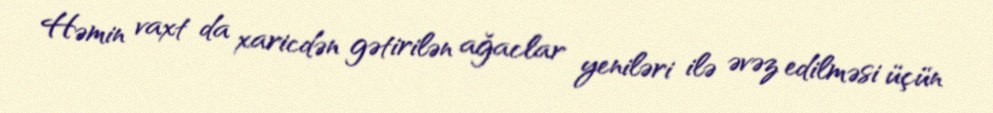
Həmin vaxt da xaricdən gətirilən ağaclar yeniləri ilə əvəz edilməsi üçün